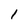
Character: 1